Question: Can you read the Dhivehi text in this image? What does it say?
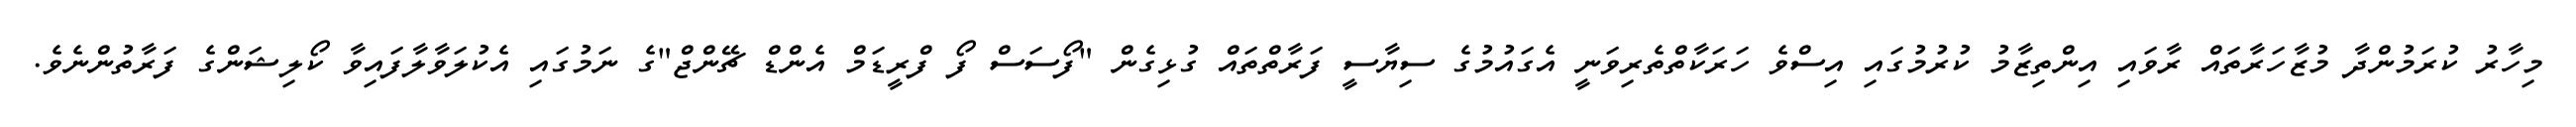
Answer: މިހާރު ކުރަމުންދާ މުޒާހަރާތައް ރާވައި އިންތިޒާމު ކުރުމުގައި އިސްވެ ހަރަކާތްތެރިވަނީ އެގައުމުގެ ސިޔާސީ ފަރާތްތައް ގުޅިގެން "ފޯސަސް ފޯ ފްރީޑަމް އެންޑް ޗޭންޖް"ގެ ނަމުގައި އެކުލަވާލާފައިވާ ކޯލިޝަންގެ ފަރާތުންނެވެ.